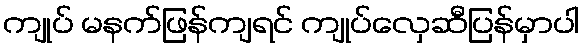
ကျုပ် မနက်ဖြန်ကျရင် ကျုပ်လှေဆီပြန်မှာပါ